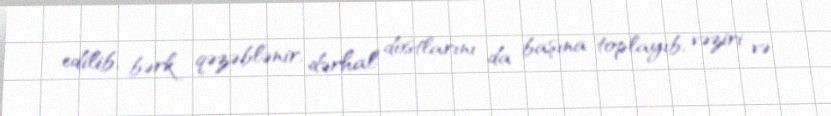
edilib, bərk qəzəblənir, dərhal dostlarını da başına toplayıb, vəziri və